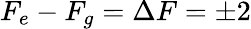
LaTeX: F_{e}-F_{g}=\Delta F=\pm 2